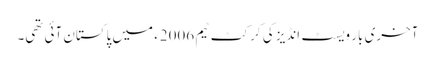
آخری بار ویسٹ انڈیز کی کرکٹ ٹیم 2006ء میں پاکستان آئی تھی۔